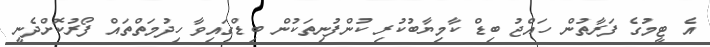
އެ ޓީމުގެ ފަރާތުން ހައްޖު ބިޑް ކާމިޔާބުކުރި ކުންފުނިތަކުން ބިޑްގައިވާ ހިދުމަތްތައް ފޯރުކޮށްދެނީ